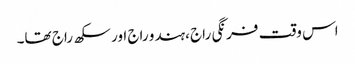
اس وقت فرنگی راج ،ہندو راج اور سکھ راج تھا۔